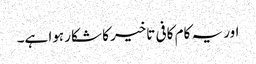
اور یہ کام کافی تاخیر کا شکار ہوا ہے۔